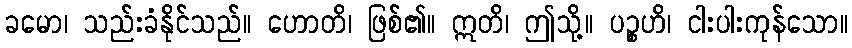
ခမော၊ သည်းခံနိုင်သည်။ ဟောတိ၊ ဖြစ်၏။ ဣတိ၊ ဤသို့။ ပဉ္စဟိ၊ ငါးပါးကုန်သော။